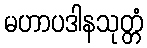
မဟာပဒါနသုတ္တံ